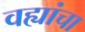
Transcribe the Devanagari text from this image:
वह्यांचा